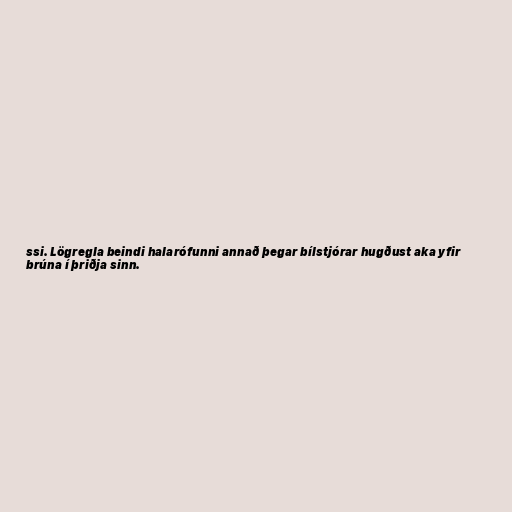
ssi. Lögregla beindi halarófunni annað þegar bílstjórar hugðust aka yfir
brúna í þriðja sinn.